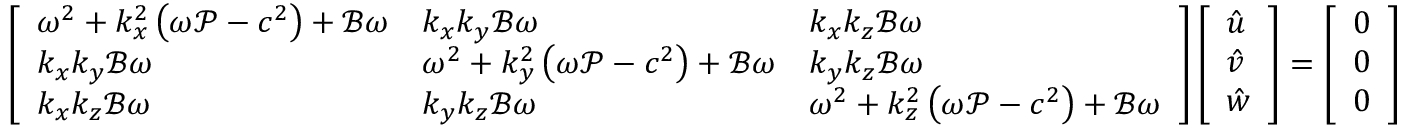
\left[ \begin{array} { l l l } { \omega ^ { 2 } + k _ { x } ^ { 2 } \left( \omega \mathcal { P } - c ^ { 2 } \right) + \mathcal { B } \omega } & { k _ { x } k _ { y } \mathcal { B } \omega } & { k _ { x } k _ { z } \mathcal { B } \omega } \\ { k _ { x } k _ { y } \mathcal { B } \omega } & { \omega ^ { 2 } + k _ { y } ^ { 2 } \left( \omega \mathcal { P } - c ^ { 2 } \right) + \mathcal { B } \omega } & { k _ { y } k _ { z } \mathcal { B } \omega } \\ { k _ { x } k _ { z } \mathcal { B } \omega } & { k _ { y } k _ { z } \mathcal { B } \omega } & { \omega ^ { 2 } + k _ { z } ^ { 2 } \left( \omega \mathcal { P } - c ^ { 2 } \right) + \mathcal { B } \omega } \end{array} \right] \left[ \begin{array} { l } { \hat { u } } \\ { \hat { v } } \\ { \hat { w } } \end{array} \right] = \left[ \begin{array} { l } { 0 } \\ { 0 } \\ { 0 } \end{array} \right]